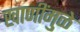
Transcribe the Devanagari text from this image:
खाणींमुळे